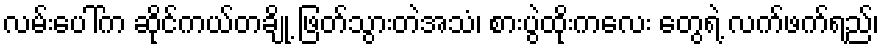
လမ်းပေါ်က ဆိုင်ကယ်တချို့ ဖြတ်သွားတဲအသံ၊ စားပွဲထိုးကလေး တွေရဲ့ လက်ဖက်ရည်၊